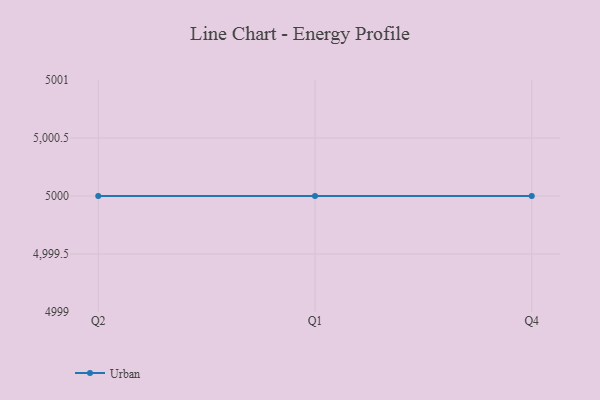
{"axis": {"x": "Quarter", "y": "Market Share (%)"}, "legend": ["Urban"], "data": [{"x": "Q2", "y": 5000, "type": "Urban"}, {"x": "Q1", "y": 5000, "type": "Urban"}, {"x": "Q4", "y": 5000, "type": "Urban"}]}